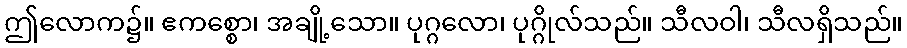
ဤလောက၌။ ဧကစ္စော၊ အချို့သော။ ပုဂ္ဂလော၊ ပုဂ္ဂိုလ်သည်။ သီလဝါ၊ သီလရှိသည်။